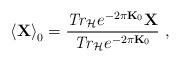
\begin{align*}\left\langle {\bf X}\right\rangle _{0}=\frac{{\it Tr}_{{\cal H}}e^{-2\pi {\bf K}_{0}}{\bf X}}{{\it Tr}_{{\cal H}}e^{-2\pi {\bf K}_{0}}}\ ,\end{align*}